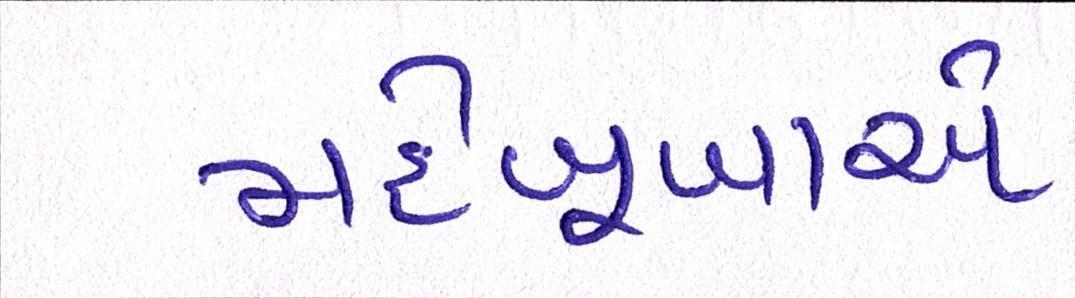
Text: મહેબૂબાએ